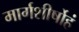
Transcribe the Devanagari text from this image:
मार्गशीर्षोहं